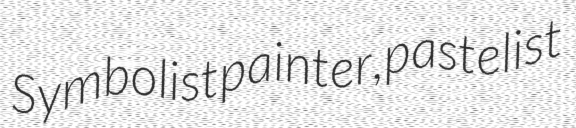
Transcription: Symbolist painter, pastelist